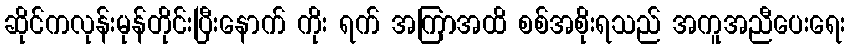
ဆိုင်ကလုန်းမုန်တိုင်းပြီးနောက် ကိုး ရက် အကြာအထိ စစ်အစိုးရသည် အကူအညီပေးရေး